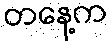
တနေ့က